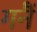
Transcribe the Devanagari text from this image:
गनैं